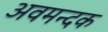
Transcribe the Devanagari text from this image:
अवमन्दक